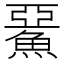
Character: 𩸖